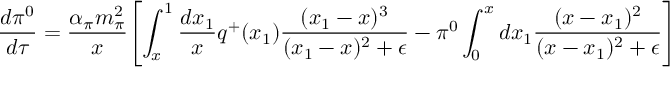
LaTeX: \frac { d \pi ^ { 0 } } { d \tau } = \frac { \alpha _ { \pi } m _ { \pi } ^ { 2 } } { x } { \left[ \int _ { x } ^ { 1 } \frac { d x _ { 1 } } { x } q ^ { + } ( x _ { 1 } ) \frac { ( x _ { 1 } - x ) ^ { 3 } } { ( x _ { 1 } - x ) ^ { 2 } + \epsilon } - \pi ^ { 0 } \int _ { 0 } ^ { x } d x _ { 1 } \frac { ( x - x _ { 1 } ) ^ { 2 } } { ( x - x _ { 1 } ) ^ { 2 } + \epsilon } \right] }